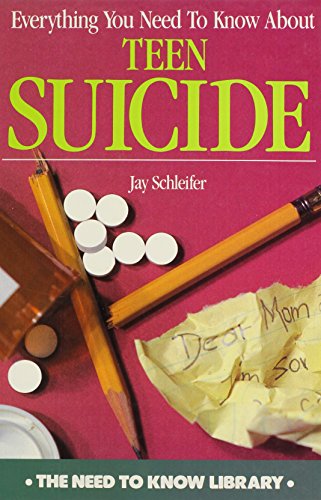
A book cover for Everything You Need to Know About Teen Suicide (Need to Know Library); Jay Schleifer; Teen & Young Adult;